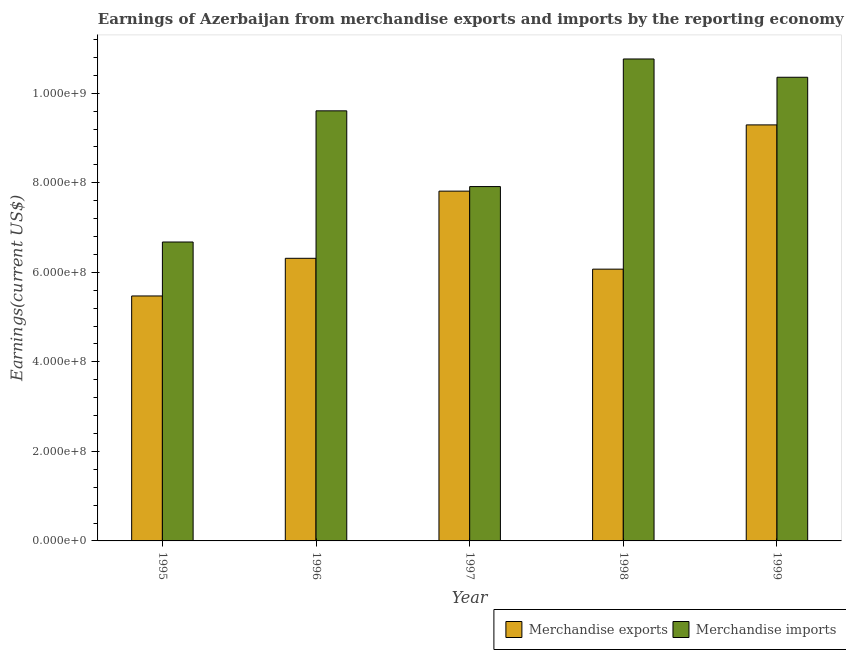
| Year | Merchandise exports | Merchandise imports |
 | --- | --- | --- |
 | 1995 | 5.47e+08 | 6.68e+08 |
 | 1996 | 6.31e+08 | 9.61e+08 |
 | 1997 | 7.81e+08 | 7.91e+08 |
 | 1998 | 6.07e+08 | 1.08e+09 |
 | 1999 | 9.29e+08 | 1.04e+09 |